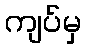
ကျပ်မှ